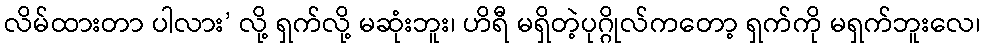
လိမ်ထားတာ ပါလား’ လို့ ရှက်လို့ မဆုံးဘူး၊ ဟိရီ မရှိတဲ့ပုဂ္ဂိုလ်ကတော့ ရှက်ကို မရှက်ဘူးလေ၊